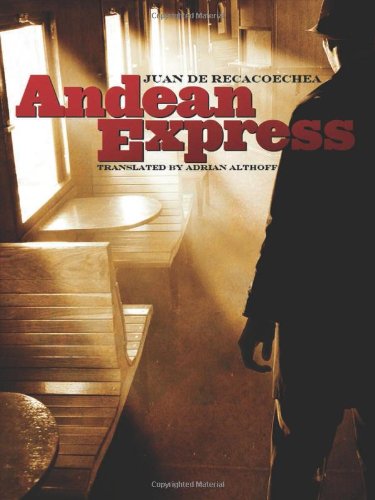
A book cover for Andean Express; Juan de Recacoechea; Travel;